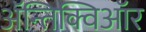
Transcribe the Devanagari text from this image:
ॲन्तिक्विऑर